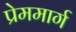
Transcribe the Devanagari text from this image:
प्रेममार्ग